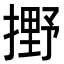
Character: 𫽼